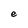
Character: e